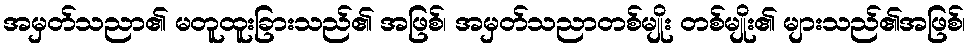
အမှတ်သညာ၏ မတူထူးခြားသည်၏ အဖြစ်၊ အမှတ်သညာတစ်မျိုး တစ်မျိုး၏ များသည်၏အဖြစ်၊